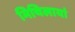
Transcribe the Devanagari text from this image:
मिथिलायां